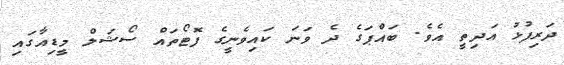
ދަރިފުޅު އަދިތީ އެވެ. ބައްޕަގެ ދެ ވަނަ ކައިވެނީގެ ފޮޓޯތައް ސޯޝަލް މީޑިއާގައި